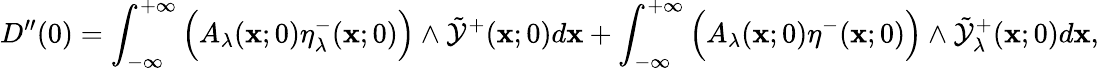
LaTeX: D^{\prime\prime}(0)=\int_{-\infty}^{+\infty}\Big(A_{\lambda}(\mathbf{x};0)\eta_{\lambda}^{-}(\mathbf{x};0)\Big)\wedge\tilde{{\mathcal{{Y}}}}^{+}(\mathbf{x};0)d\mathbf{x}+\int_{-\infty}^{+\infty}\Big(A_{\lambda}(\mathbf{x};0)\eta^{-}(\mathbf{x};0)\Big)\wedge\tilde{{\mathcal{{Y}}}}_{\lambda}^{+}(\mathbf{x};0)d\mathbf{x},